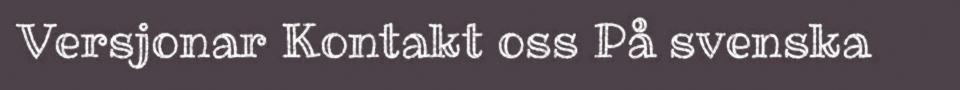
Versjonar Kontakt oss På svenska